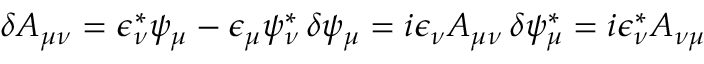
\delta A _ { \mu \nu } = \epsilon _ { \nu } ^ { * } \psi _ { \mu } - \epsilon _ { \mu } \psi _ { \nu } ^ { * } \, \delta \psi _ { \mu } = i \epsilon _ { \nu } A _ { \mu \nu } \, \delta \psi _ { \mu } ^ { * } = i \epsilon _ { \nu } ^ { * } A _ { \nu \mu } \,